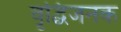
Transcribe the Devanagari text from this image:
वृद्धिजनक